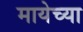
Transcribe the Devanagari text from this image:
मायेच्या